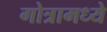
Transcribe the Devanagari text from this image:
गोत्रामध्ये